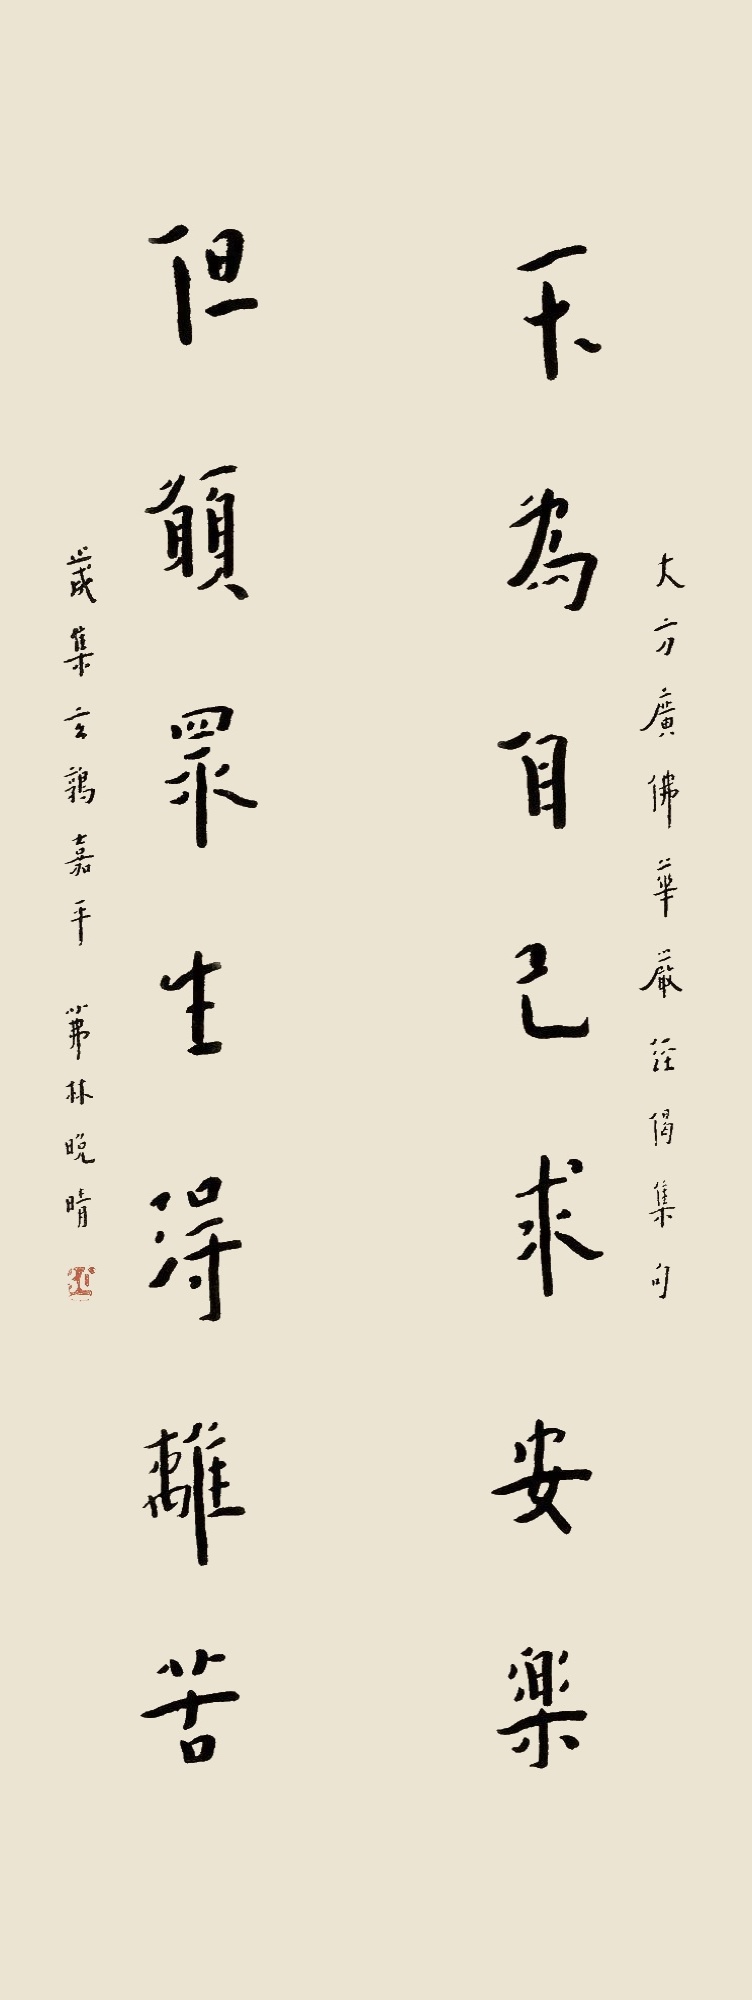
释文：不为自己求安乐，但愿众生得离苦。大方广佛华严经偈集句。岁集玄鹑嘉平，茀林晚晴。